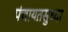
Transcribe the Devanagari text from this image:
पंचायतसुध्दा